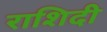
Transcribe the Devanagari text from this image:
राशिदी